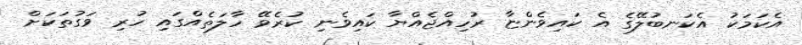
އެކަމަކު އެކަނބުލޭގެ އެ ކައިވެންޏާ ރުހިއްޖެއްޔާ ކައިވެނި ކުރެވޭ ހާލަތެއްގައި ހުރި ވަގުތަކަށް